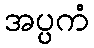
အပ္ပကံ